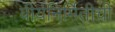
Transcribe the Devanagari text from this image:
वीर्यनिर्मितीची